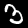
Label: 3